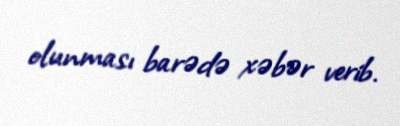
olunması barədə xəbər verib.